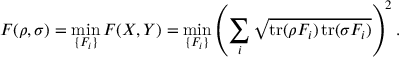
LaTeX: F ( \rho , \sigma ) = \operatorname* { m i n } _ { \{ F _ { i } \} } F ( X , Y ) = \operatorname* { m i n } _ { \{ F _ { i } \} } \left( \sum _ { i } { \sqrt { \operatorname { t r } ( \rho F _ { i } ) \operatorname { t r } ( \sigma F _ { i } ) } } \right) ^ { 2 } .